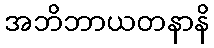
အဘိဘာယတနာနိ